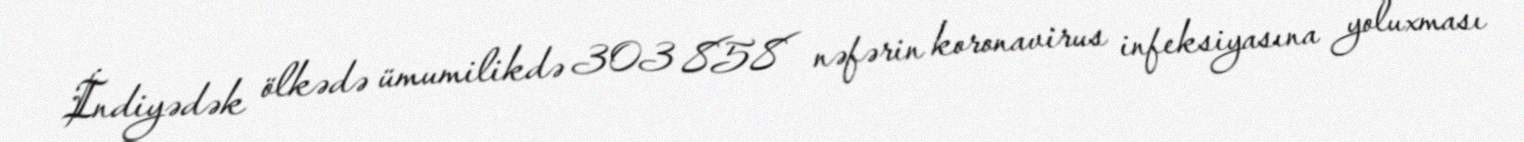
İndiyədək ölkədə ümumilikdə 303 858 nəfərin koronavirus infeksiyasına yoluxması